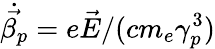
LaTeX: \dot{\vec{\beta_{p}}}=e\vec{E}/(cm_{e}\gamma_{p}^{3})